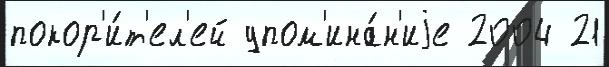
покор'и́т'ел'ей упом'ина́н'иjе 2004 21